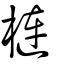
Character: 槤